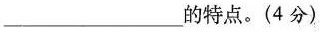
___的特点。(4分)